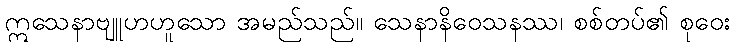
ဣသေနာဗျူဟဟူသော အမည်သည်။ သေနာနိဝေသနဿ၊ စစ်တပ်၏ စုဝေး